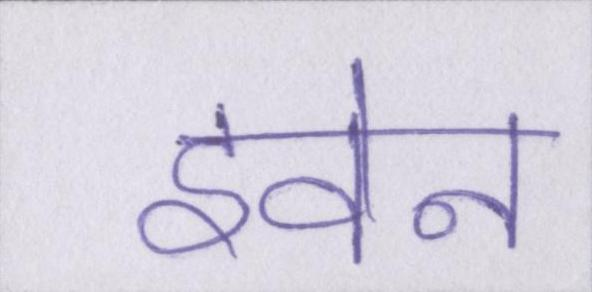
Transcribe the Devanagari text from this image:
इवेन